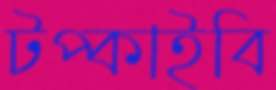
টপ্‌কাইবি